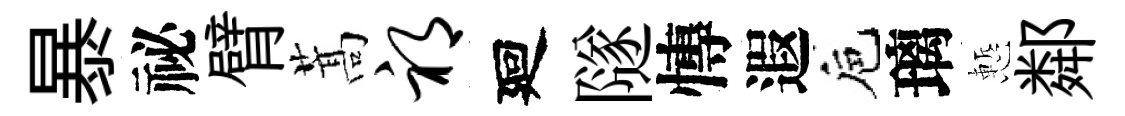
暴祕臂蒿祁廻隧慱遐巵璃慙鄰